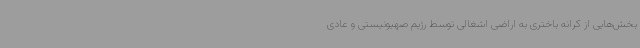
بخش‌هایی از کرانه باختری به اراضی اشغالی توسط رژیم صهیونیستی و عادی